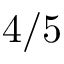
4 / 5